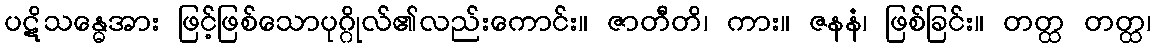
ပဋိသန္ဓေအား ဖြင့်ဖြစ်သောပုဂ္ဂိုလ်၏လည်းကောင်း။ ဇာတီတိ၊ ကား။ ဇနနံ၊ ဖြစ်ခြင်း။ တတ္ထ တတ္ထ၊